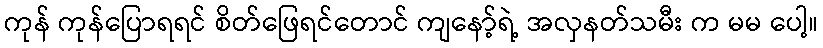
ကုန် ကုန်ပြောရရင် စိတ်ဖြေရင်တောင် ကျနော့်ရဲ့ အလှနတ်သမီး က မမ ပေါ့။